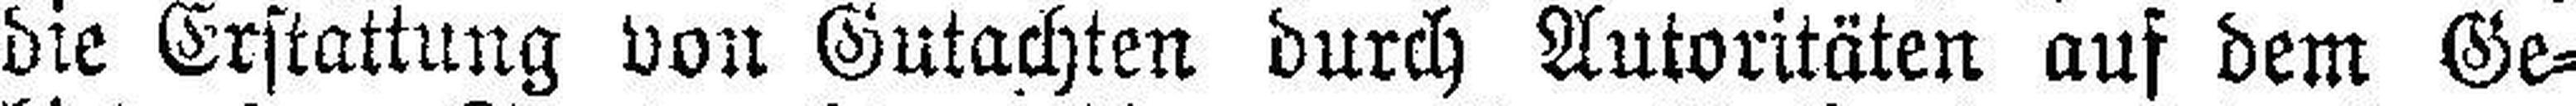
die Erstattung von Gutachten durch Autoritäten auf dem Ge¬